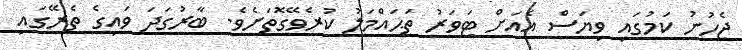
ޖެހުނު ކަމުގައި ވިޔަސް އެއަށް ޓަވަރު ތަޙައްމަލު ކުރެވޭގޮތަށެވެ. ބާރުގަދަ ވައިގެ ތެރޭގައި